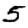
Digit: 5